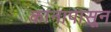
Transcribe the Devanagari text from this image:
कानापासून